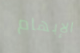
الإبهام